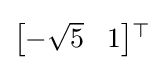
\textstyle {\begin{bmatrix}-{\sqrt {5}}&\!1\end{bmatrix}}{}^{\top }